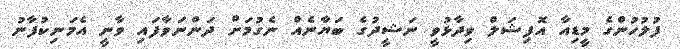
ފުލުހުންގެ މީޑިއާ އޮފިޝަލް ވިދާޅުވީ ނަޝީދުގެ ބަޔާނެއް ނެގުމަށް ދަންނަވާފައި ވާނީ އެމަނިކުފާނު